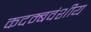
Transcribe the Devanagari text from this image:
कदम्बवंशीय